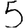
Digit: 5